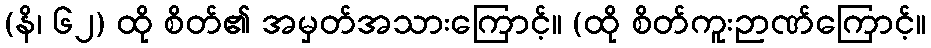
(နိ၊ ၆၂) ထို စိတ်၏ အမှတ်အသားကြောင့်။ (ထို စိတ်ကူးဉာဏ်ကြောင့်။